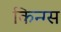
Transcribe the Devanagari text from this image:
किन्ग्स